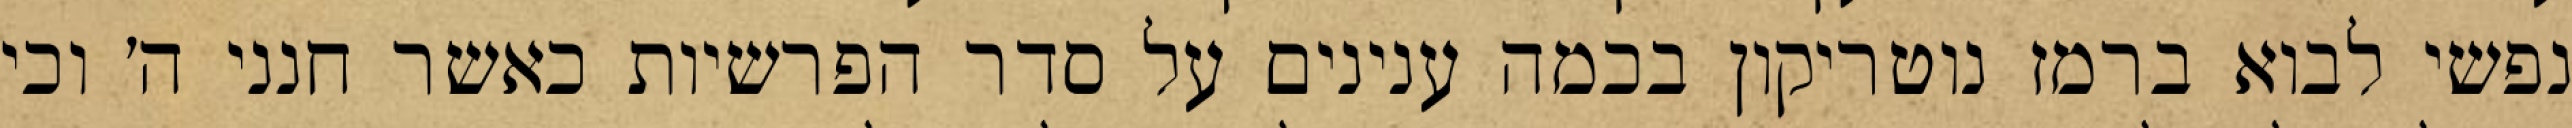
נפשי לבוא ברמז נוטריקון בכמה ענינים על סדר הפרשיות כאשר חנני ה׳ וכי